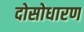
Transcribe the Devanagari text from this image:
दोसोधारण